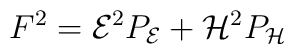
F^{2}={\cal E}^{2}P_{\cal E}+{\cal H}^{2}P_{\cal H}